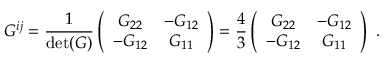
G ^ { i j } = { \frac { 1 } { \operatorname * { d e t } ( G ) } } \left( \begin{array} { c c } { { G _ { 2 2 } } } & { { - G _ { 1 2 } } } \\ { { - G _ { 1 2 } } } & { { G _ { 1 1 } } } \end{array} \right) = { \frac { 4 } { 3 } } \left( \begin{array} { c c } { { G _ { 2 2 } } } & { { - G _ { 1 2 } } } \\ { { - G _ { 1 2 } } } & { { G _ { 1 1 } } } \end{array} \right) ~ .